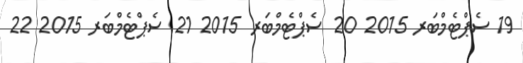
19 ސެޕްޓެމްބަރ 2015 20 ސެޕްޓެމްބަރ 2015 21 ސެޕްޓެމްބަރ 2015 22